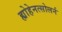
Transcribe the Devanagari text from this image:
ह्योहेनत्सोलर्न